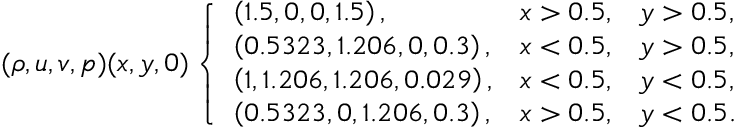
( \rho , u , v , p ) ( x , y , 0 ) \left\{ \begin{array} { l l l } { \left( 1 . 5 , 0 , 0 , 1 . 5 \right) , } & { x > 0 . 5 , } & { y > 0 . 5 , } \\ { \left( 0 . 5 3 2 3 , 1 . 2 0 6 , 0 , 0 . 3 \right) , } & { x < 0 . 5 , } & { y > 0 . 5 , } \\ { \left( 1 , 1 . 2 0 6 , 1 . 2 0 6 , 0 . 0 2 9 \right) , } & { x < 0 . 5 , } & { y < 0 . 5 , } \\ { \left( 0 . 5 3 2 3 , 0 , 1 . 2 0 6 , 0 . 3 \right) , } & { x > 0 . 5 , } & { y < 0 . 5 . } \end{array} \right.